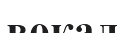
вокал